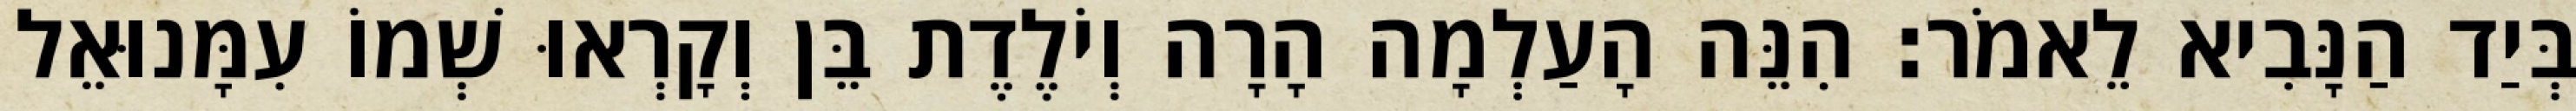
בְּיַד הַנָּבִיא לֵאמֹר׃ הִנֵּה הָעַלְמָה הָרָה וְיֹלֶדֶת בֵּן וְקָרְאוּ שְׁמוֹ עִמָּנוּאֵל